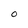
Character: O